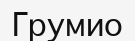
Грумио